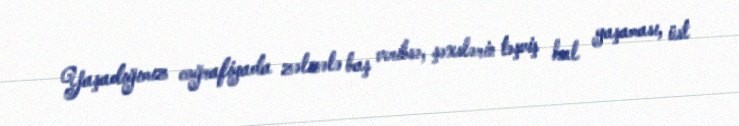
Yaşadığımız coğrafiyada zəlzələ baş veribsə, şəxslərin təşviş hal yaşaması, üst